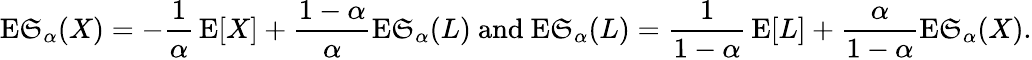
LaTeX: \operatorname{E\mathfrak{S}}_{\alpha}(X)=-{\frac{{1}}{{\alpha}}}\operatorname{E}[X]+{\frac{{1-\alpha}}{{\alpha}}}\operatorname{E\mathfrak{S}}_{\alpha}(L){\mathrm{{~and~}}}\operatorname{E\mathfrak{S}}_{\alpha}(L)={\frac{{1}}{{1-\alpha}}}\operatorname{E}[L]+{\frac{{\alpha}}{{1-\alpha}}}\operatorname{E\mathfrak{S}}_{\alpha}(X).